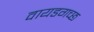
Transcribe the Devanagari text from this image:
वायडगच्छ